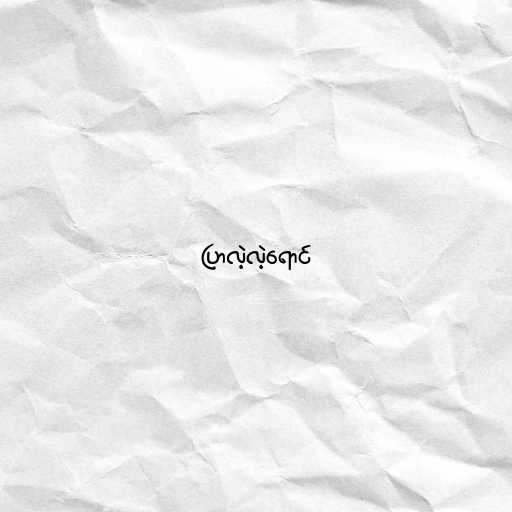
ပြာလဲ့လဲ့ရောင်